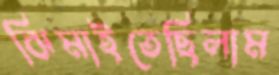
ঝিমাইতেছিলাম